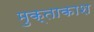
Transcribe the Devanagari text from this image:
मुक्ताकाश